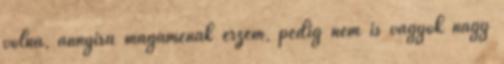
volna, annyira magaménak érzem, pedig nem is vagyok nagy